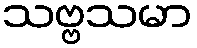
သဗ္ဗသမာ